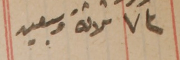
٧٣ ثلاثة وسبعين